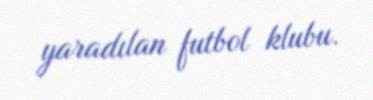
yaradılan futbol klubu.